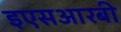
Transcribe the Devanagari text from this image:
इएसआरबी